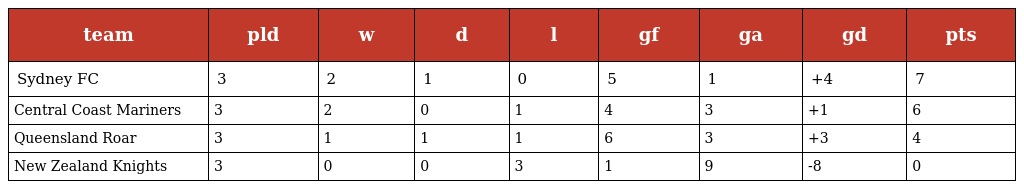
| team | pld | w | d | l | gf | ga | gd | pts |
 | --- | --- | --- | --- | --- | --- | --- | --- | --- |
 | Sydney FC | 3 | 2 | 1 | 0 | 5 | 1 | +4 | 7 |
 | Central Coast Mariners | 3 | 2 | 0 | 1 | 4 | 3 | +1 | 6 |
 | Queensland Roar | 3 | 1 | 1 | 1 | 6 | 3 | +3 | 4 |
 | New Zealand Knights | 3 | 0 | 0 | 3 | 1 | 9 | -8 | 0 |